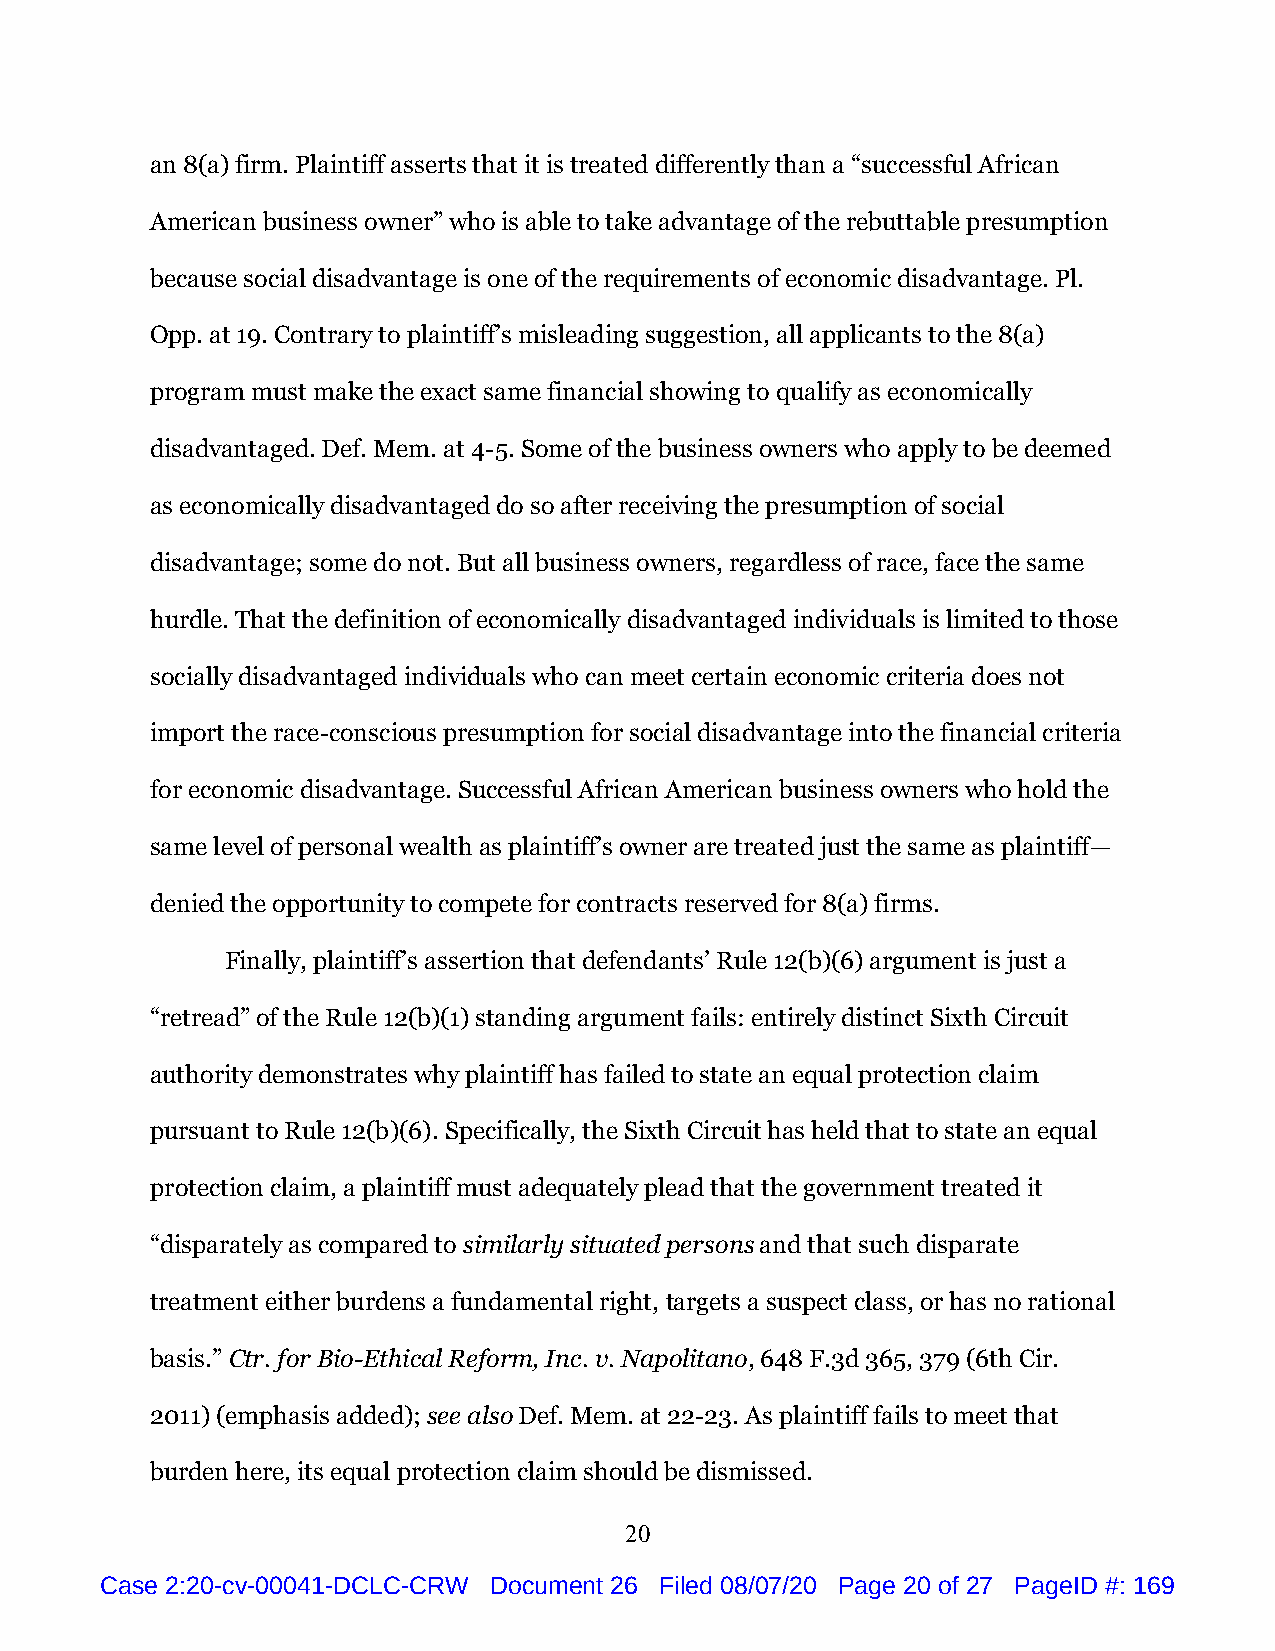
an 8(a) firm. Plaintiff asserts that it is treated differently than a “successful African
 American business owner” who is able to take advantage of the rebuttable presumption
 because social disadvantage is one of the requirements of economic disadvantage. Pl.
 Opp. at 19. Contrary to plaintiff’s misleading suggestion, all applicants to the 8(a)
 program must make the exact same financial showing to qualify as economically
 disadvantaged. Def. Mem. at 4-5. Some of the business owners who apply to be deemed
 as economically disadvantaged do so after receiving the presumption of social
 disadvantage; some do not. But all business owners, regardless of race, face the same
 hurdle. That the definition of economically disadvantaged individuals is limited to those
 socially disadvantaged individuals who can meet certain economic criteria does not
 import the race-conscious presumption for social disadvantage into the financial criteria
 for economic disadvantage. Successful African American business owners who hold the
 same level of personal wealth as plaintiff’s owner are treated just the same as plaintiff—
 denied the opportunity to compete for contracts reserved for 8(a) firms.
 Finally, plaintiff’s assertion that defendants’ Rule 12(b)(6) argument is just a
 “retread” of the Rule 12(b)(1) standing argument fails: entirely distinct Sixth Circuit
 authority demonstrates why plaintiff has failed to state an equal protection claim
 pursuant to Rule 12(b)(6). Specifically, the Sixth Circuit has held that to state an equal
 protection claim, a plaintiff must adequately plead that the government treated it
 “disparately as compared to similarly situated persons and that such disparate
 treatment either burdens a fundamental right, targets a suspect class, or has no rational
 basis.” Ctr. for Bio-Ethical Reform, Inc. v. Napolitano, 648 F.3d 365, 379 (6th Cir.
 2011) (emphasis added); see also Def. Mem. at 22-23. As plaintiff fails to meet that
 burden here, its equal protection claim should be dismissed.
 20
 Case 2:20-cv-00041-DCLC-CRW Document 26 Filed 08/07/20 Page 20 of 27 PageID #: 169